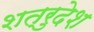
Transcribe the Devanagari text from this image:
शत्रुदेश